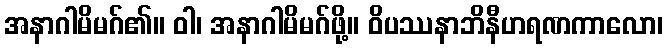
အနာဂါမိမဂ်၏။ ဝါ၊ အနာဂါမိမဂ်ဖို့။ ဝိပဿနာဘိနီဟရဏကာလော၊